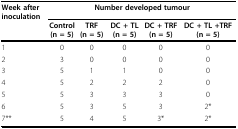
| Week after inoculation | <COLSPAN=5> Number developed tumour |
 |  | Control(n = 5) | TRF(n = 5) | DC + TL(n = 5) | DC + TRF(n = 5) | DC + TL +TRF(n = 5) |
 | --- | --- | --- | --- | --- | --- |
 | 1 | 0 | 0 | 0 | 0 | 0 |
 | 2 | 3 | 0 | 0 | 0 | 0 |
 | 3 | 5 | 1 | 1 | 0 | 0 |
 | 4 | 5 | 2 | 2 | 2 | 0 |
 | 5 | 5 | 3 | 3 | 3 | 0 |
 | 6 | 5 | 3 | 5 | 3 | 2* |
 | 7** | 5 | 4 | 5 | 3* | 2* |